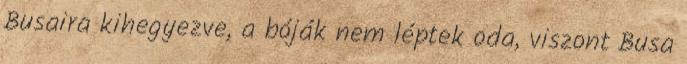
Busaira kihegyezve, a bóják nem léptek oda, viszont Busa